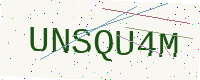
Text: UNSQU4M